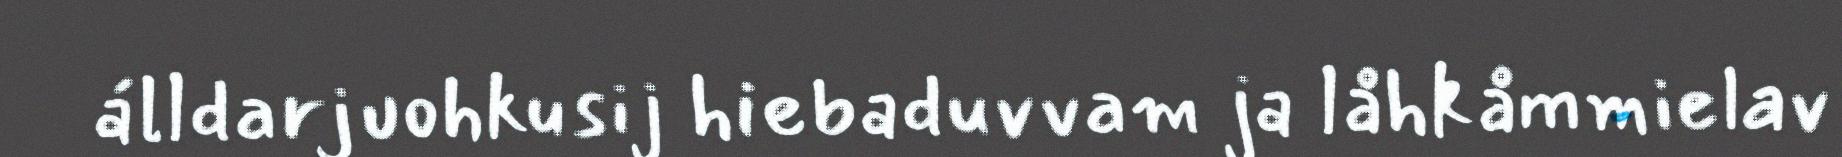
álldarjuohkusij hiebaduvvam ja låhkåmmielav